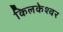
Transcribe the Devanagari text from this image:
किलकेश्‍वर